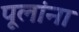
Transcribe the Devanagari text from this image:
पूलांना